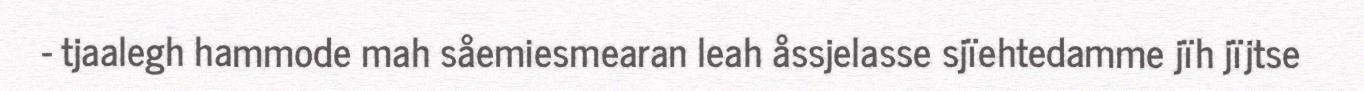
- tjaalegh hammode mah såemiesmearan leah åssjelasse sjïehtedamme jïh jïjtse